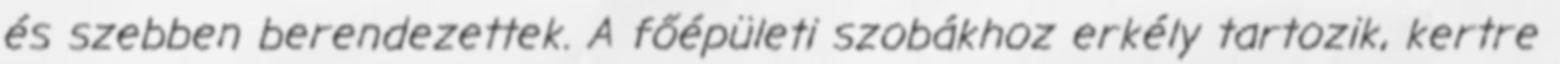
és szebben berendezettek. A főépületi szobákhoz erkély tartozik, kertre